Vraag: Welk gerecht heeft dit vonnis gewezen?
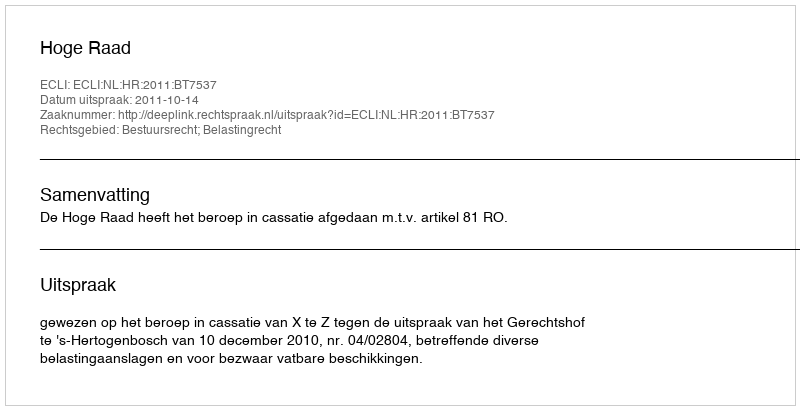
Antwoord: Hoge Raad